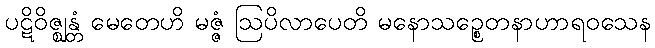
ပဋိဝိဇ္ဈန္တံ မေတေဟိ မဇ္ဇံ ဩပိလာပေတိ မနောသဉ္စေတနာဟာရဝသေန